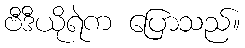
ဗီဒီယိုရဲက ပြောသည်။